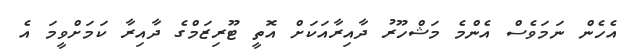
އެހެން ނަމަވެސް އެންމެ މަޝްހޫރު ދާއިރާއަކަށް އޮތީ ޓޫރިޒަމްގެ ދާއިރާ ކަމަށްވީމަ އެ